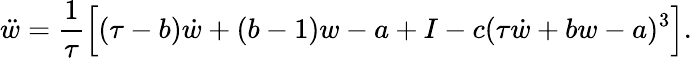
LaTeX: \ddot{w}=\frac{1}{\tau}\Big[(\tau-b)\dot{w}+(b-1)w-a+I-c(\tau\dot{w}+bw-a)^{3}\Big].